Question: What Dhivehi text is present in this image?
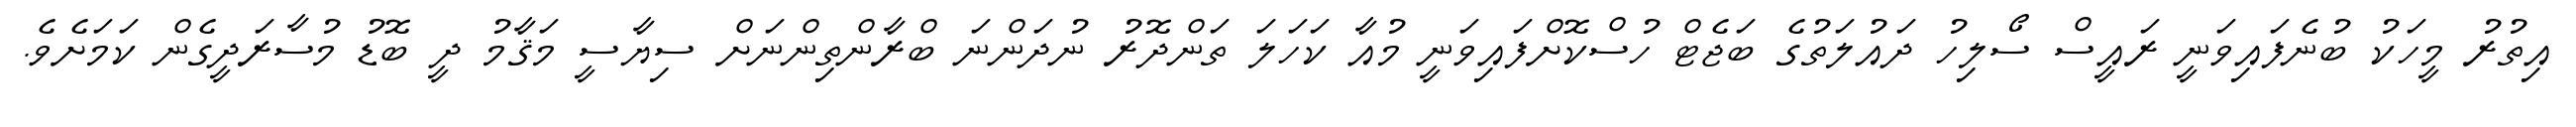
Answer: އިތުރު މީހަކު ބުނެފައިވަނީ ރައީސް ސޯލިހު ދައުލަތުގެ ބަޖެޓް ހުސްކޮށްފައިވަނީ މުއާ ކަހަލަ ތަންދޮރު ނުދަންނަ ބްރާންތިންނަށް ސިޔާސީ މަޤާމު ދީ ބޮޑު މުސާރަދީގެން ކަމަށެވެ.